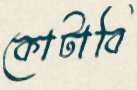
কোটাবি